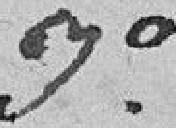
3°